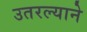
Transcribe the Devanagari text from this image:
उतरल्याने